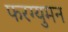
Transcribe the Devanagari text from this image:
फरग्युमन